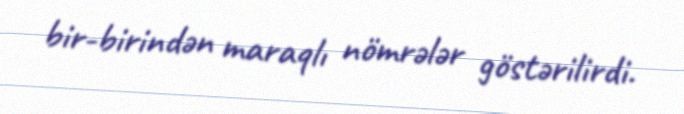
bir-birindən maraqlı nömrələr göstərilirdi.